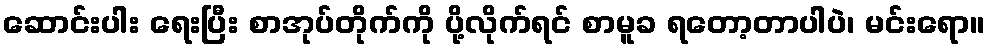
ဆောင်းပါး ရေးပြီး စာအုပ်တိုက်ကို ပို့လိုက်ရင် စာမူခ ရတော့တာပါပဲ၊ မင်းရော။